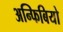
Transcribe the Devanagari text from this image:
अन्फिबियो